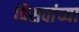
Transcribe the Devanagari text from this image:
पिसवांच्या